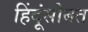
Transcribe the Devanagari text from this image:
हिंदूंसोबत